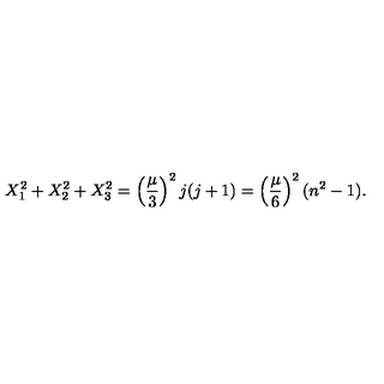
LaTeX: X _ { 1 } ^ { 2 } + X _ { 2 } ^ { 2 } + X _ { 3 } ^ { 2 } = \left( { \frac { \mu } { 3 } } \right) ^ { 2 } j ( j + 1 ) = \left( { \frac { \mu } { 6 } } \right) ^ { 2 } ( n ^ { 2 } - 1 ) .